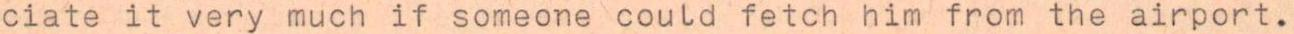
ciate it very much if someone could fetch him from the airport.